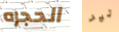
الحجره تير